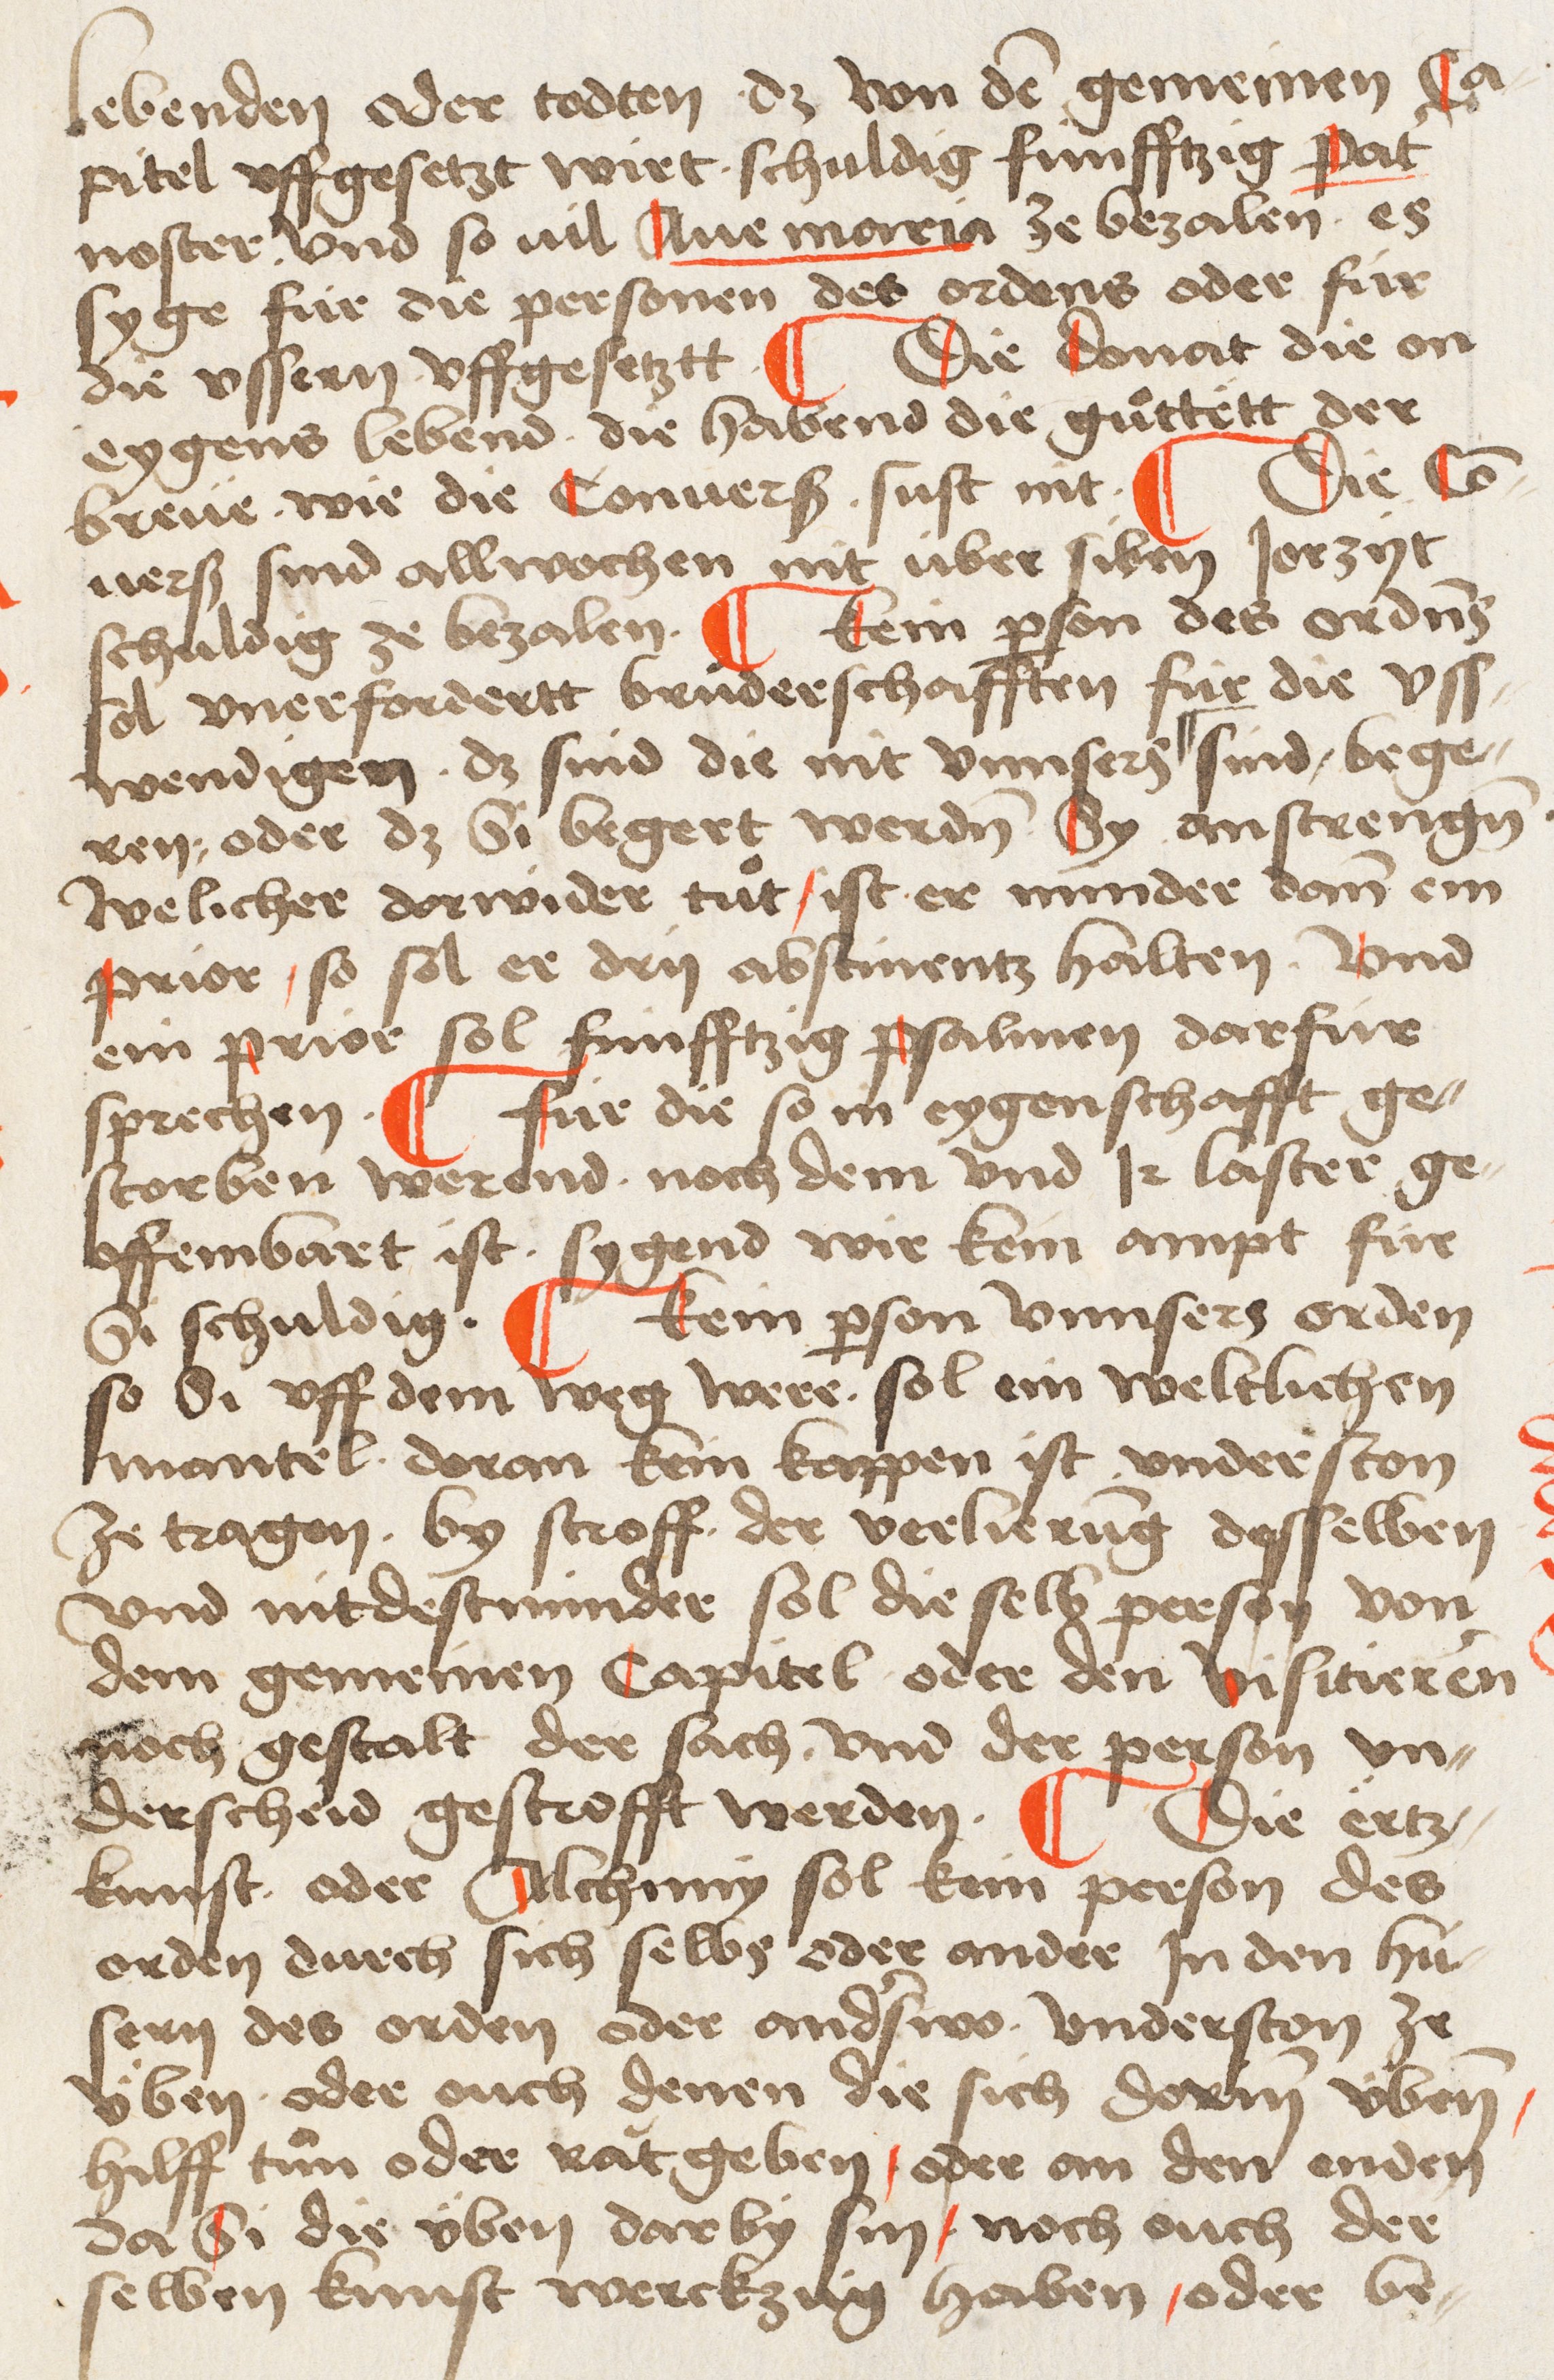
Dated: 1495–1514